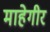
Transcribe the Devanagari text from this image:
माहेगीर